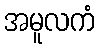
အမူလကံ